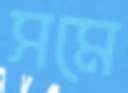
সমে